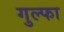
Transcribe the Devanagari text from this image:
गुल्फा